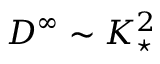
D ^ { \infty } \sim K _ { \star } ^ { 2 }